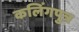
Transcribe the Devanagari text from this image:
कलिंगपुत्र